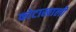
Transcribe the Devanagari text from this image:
कोटाखाली